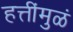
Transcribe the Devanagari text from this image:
हत्तींमुळं